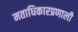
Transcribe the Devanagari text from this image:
मताधिकारप्रणाली